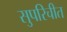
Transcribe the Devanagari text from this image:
सुपरिचीत